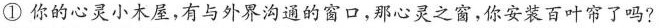
①你的心灵小木屋，有与外界沟通的窗口，那心灵之窗，你安装百叶帘了吗?